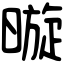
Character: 暶